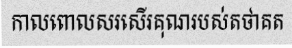
កាលពោលសរសើរគុណរបស់តថាគត